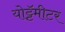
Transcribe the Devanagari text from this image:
योट्टॅमीटर